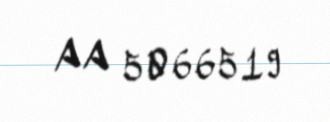
AA 5066519